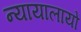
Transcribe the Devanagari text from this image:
न्यायालायों